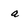
Character: a